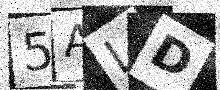
Text: 5ALD